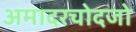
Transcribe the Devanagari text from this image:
अमादरचोदजो